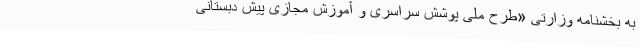
به بخشنامه وزارتی «طرح ملی پوشش سراسری و آموزش مجازی پیش دبستانی